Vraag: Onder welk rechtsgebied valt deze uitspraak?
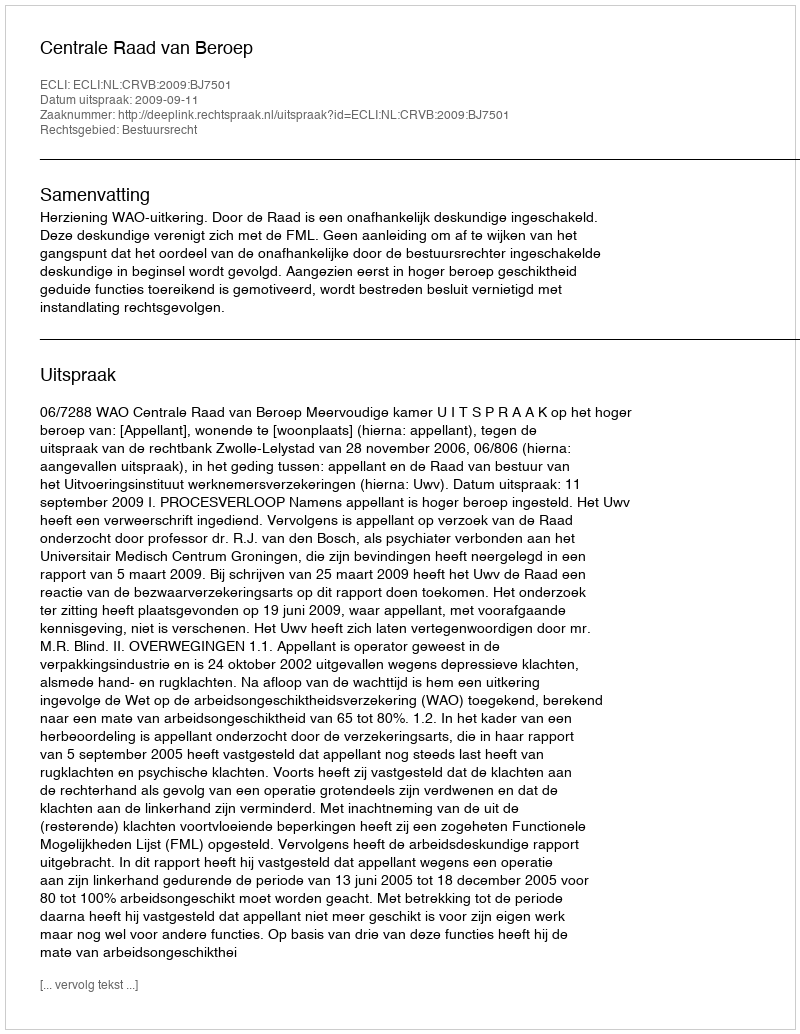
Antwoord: Bestuursrecht